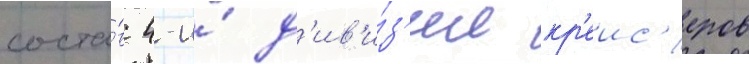
соста́в 4-и́ д'ив'и́з'ии кр'еис'еров